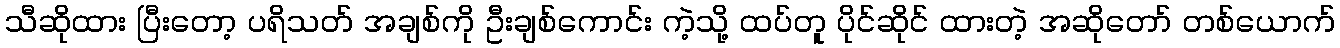
သီဆိုထား ပြီးတော့ ပရိသတ် အချစ်ကို ဦးချစ်ကောင်း ကဲ့သို့ ထပ်တူ ပိုင်ဆိုင် ထားတဲ့ အဆိုတော် တစ်ယောက်